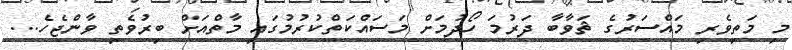
މި މަތިވެރި މައްސަރުގެ ޘަވާބާ ދަރުމަ ހޯދުމަށް މަސައްކަތްކުރުމުގައި މާތްއަށް ބިރުވެތި ވާންޖެހެ...